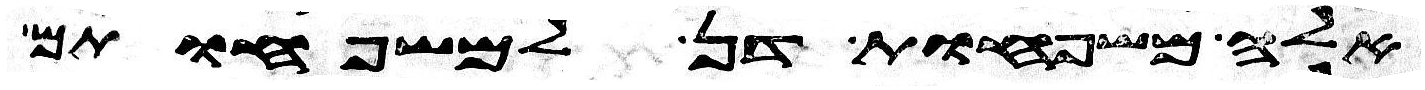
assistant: אלה משפחות דן למשפחותם